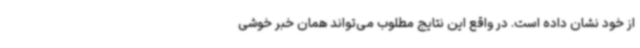
از خود نشان داده است. در واقع این نتایج مطلوب می‌تواند همان خبر خوشی